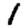
Digit: 1